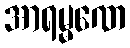
အာရမ္မဏေ